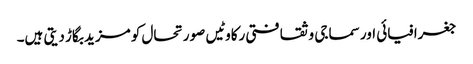
جغرافیائی اور سماجی و ثقافتی رکاوٹیں صورتحال کو مزید بگاڑ دیتی ہیں۔